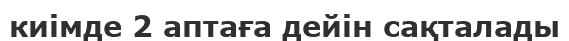
киімде 2 аптаға дейін сақталады